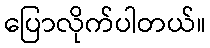
ပြောလိုက်ပါတယ်။